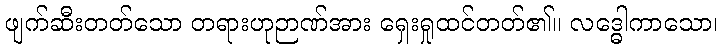
ဖျက်ဆီးတတ်သော တရားဟုဉာဏ်အား ရှေးရှုထင်တတ်၏။ လဒ္ဓေါကာသော၊